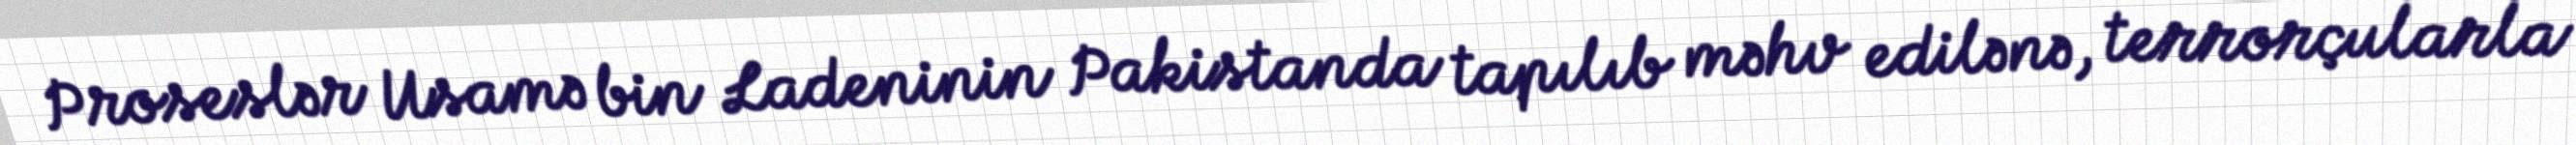
Proseslər Usamə bin Ladeninin Pakistanda tapılıb məhv edilənə, terrorçularla